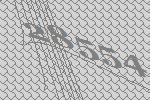
28554